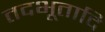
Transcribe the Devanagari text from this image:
तदभूतादि